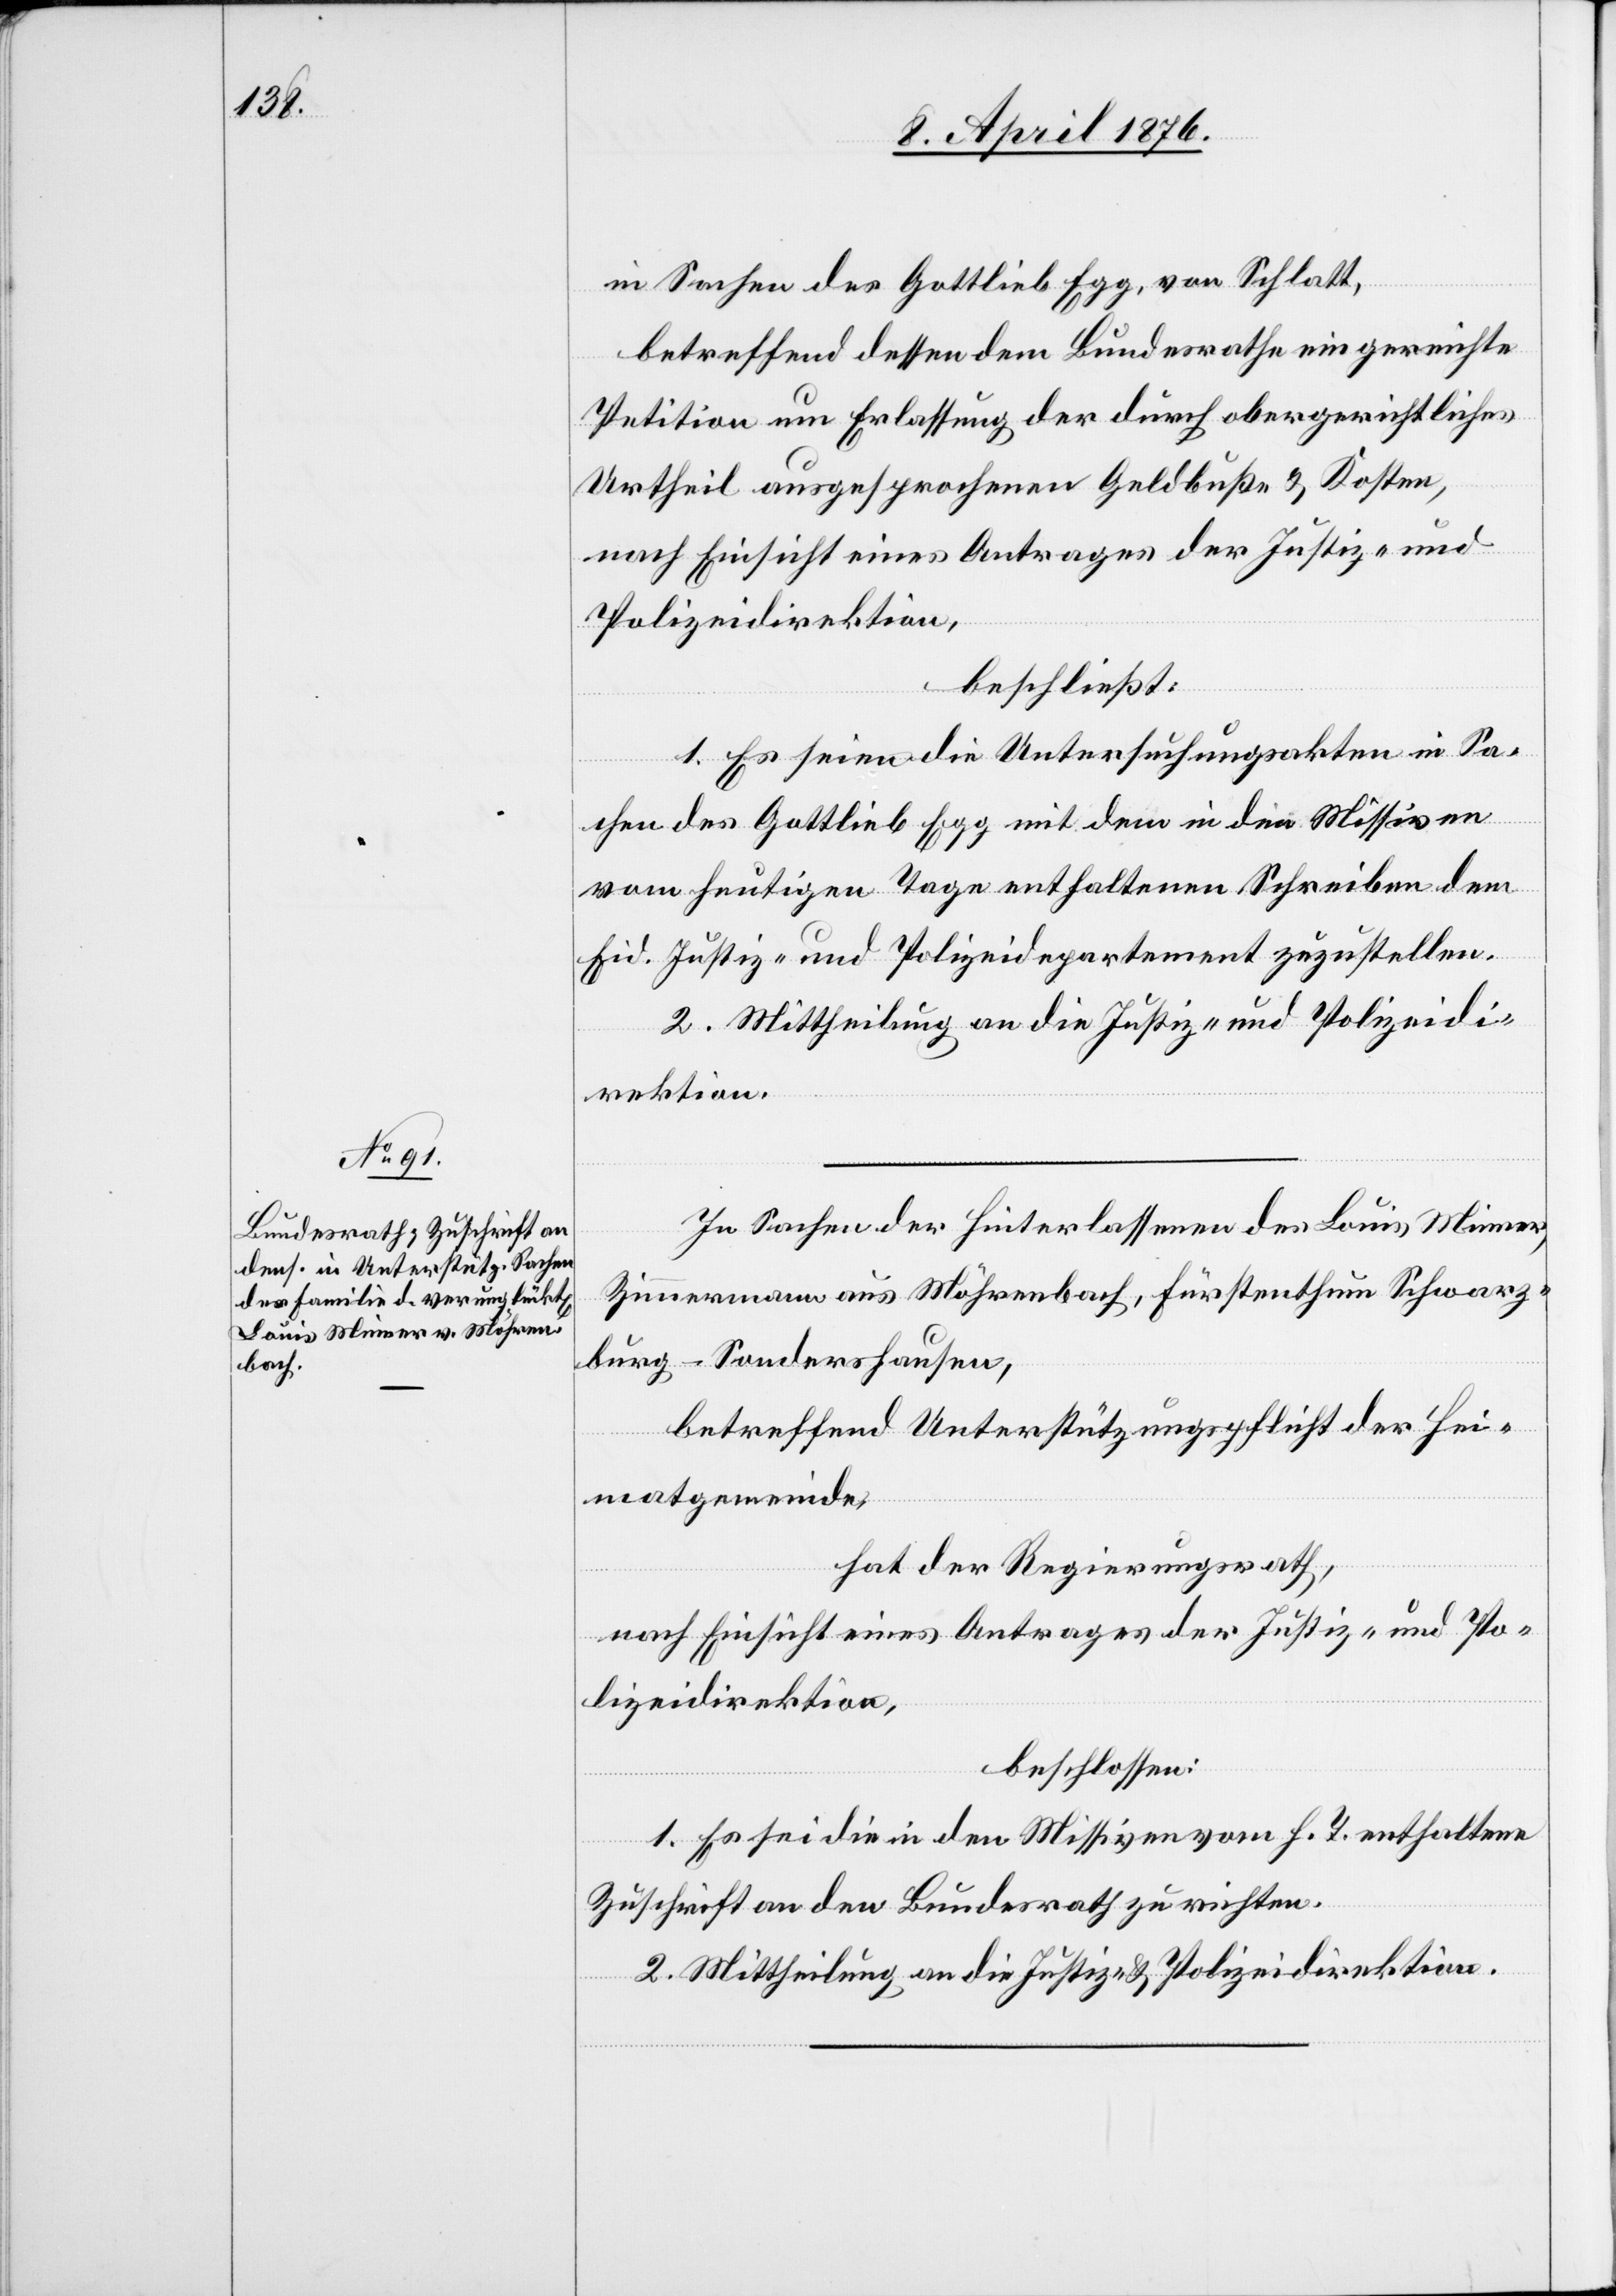
in Sachen des Gottlieb Egg, von Schlatt,
betreffend dessen dem Bundesrathe eingereichte
Petition um Erlassung der durch obergerichtliches
Urtheil ausgesprochenen Geldbuße & Kosten,
nach Einsicht eines Antrages der Justiz- und
Polizeidirektion,
beschließt:
1. Es seien die Untersuchungsakten in Sa¬
chen des Gottlieb Egg mit dem in den Missiven
vom heutigen Tage enthaltenen Schreiben dem
eid. Justiz- und Polizeidepartement zuzustellen.
2. Mittheilung an die Justiz- und Polizeidi¬
rektion.
In Sachen der Hinterlassenen des Louis Meier,
Zimmermann aus Möhrenbach, Fürstenthum Schwarz¬
burg-Sondershausen,
betreffend Unterstützungspflicht der Hei¬
matgemeinde,
hat der Regierungsrath,
nach Einsicht eines Antrages der Justiz- und Po¬
lizeidirektion,
beschlossen:
1. Es sei die in den Missiven vom h. T. enthaltene
Zuschrift an den Bundesrath zu richten.